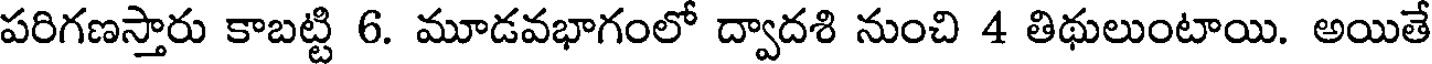
పరిగణస్తారు కాబట్టి 6. మూడవభాగంలో ద్వాదశి నుంచి 4 తిథులుంటాయి. అయితే